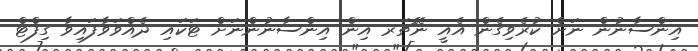
އިންސާނުން ނަށް ކުރެވިގެން އެއީ ނޭޗަރ އިން އިންސާނުންނަށް ޓަކައި ދެއްވަވާފައިވާ ގިފްޓް